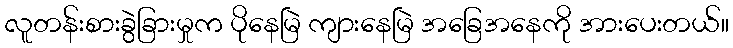
လူတန်းစားခွဲခြားမှုက ပိုနေမြဲ ကျားနေမြဲ အခြေအနေကို အားပေးတယ်။